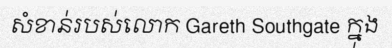
សំខាន់របស់លោក Gareth Southgate ក្នុង